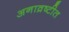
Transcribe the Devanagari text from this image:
अनाव्रष्टीत